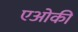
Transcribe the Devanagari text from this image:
एओकी